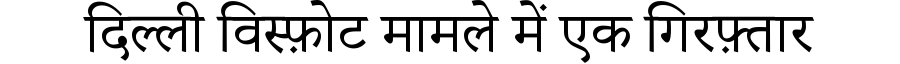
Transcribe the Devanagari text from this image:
दिल्ली विस्फ़ोट मामले में एक गिरफ़्तार